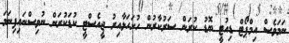
ނަމަވެސް އިމްޕޯޓް ޑިއުޓީ ބޮޑު ކުރަން ސަރުކާރުން ހުށަހަޅާއިރު ޖީއެސްޓީ ކުޑަކުރަން ނުވިސްނައިފިނަމަ